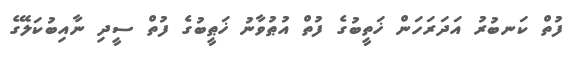
ފުތް ކަނބުރު އަދަރަހަން ޚަތީބުގެ ފުތް އުޠުވާނު ޚަޠީބުގެ ފުތް ސީދި ނާއިބުކަލޭގެ